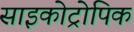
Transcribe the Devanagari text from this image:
साइकोट्रोपिक